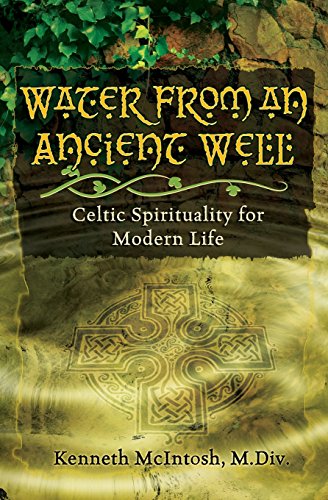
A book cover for Water from an Ancient Well: Celtic Spirituality for Modern Life; Kenneth McIntosh; Religion & Spirituality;